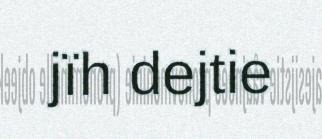
jïh dejtie